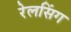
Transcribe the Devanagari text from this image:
रेलसिंग